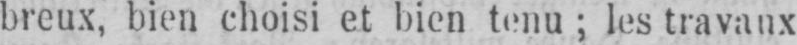
breux, bien choisi et bien tenu; les travaux